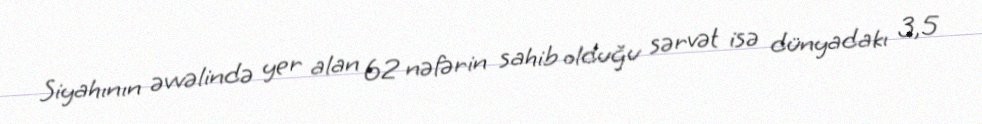
Siyahının əvvəlində yer alan 62 nəfərin sahib olduğu sərvət isə dünyadakı 3,5